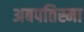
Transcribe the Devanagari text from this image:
अबपतिस्मा